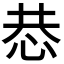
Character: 𢙄